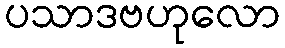
ပသာဒဗဟုလော